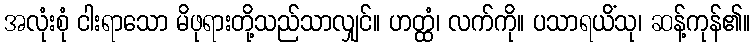
အလုံးစုံ ငါးရာသော မိဖုရားတို့သည်သာလျှင်။ ဟတ္ထံ၊ လက်ကို။ ပသာရယိံသု၊ ဆန့်ကုန်၏။